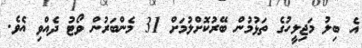
އެ ބިލު މަޖިލީހުގެ ތަޅުމުން ބޭރުކޮށްލުމަށް 31 މެންބަރުން ވޯޓު ދެއްވި އެވެ.